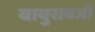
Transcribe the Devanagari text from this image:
बाबुरावजी